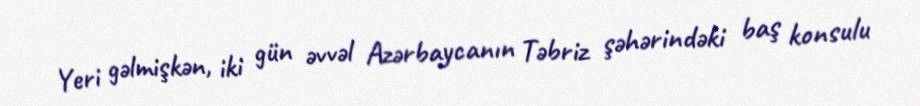
Yeri gəlmişkən, iki gün əvvəl Azərbaycanın Təbriz şəhərindəki baş konsulu